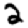
Digit: 2